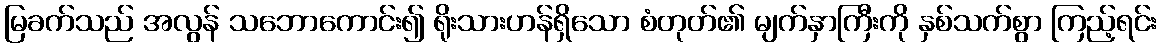
မြခက်သည် အလွန် သဘောကောင်း၍ ရိုးသားဟန်ရှိသော စံတုတ်၏ မျက်နှာကြီးကို နှစ်သက်စွာ ကြည့်ရင်း